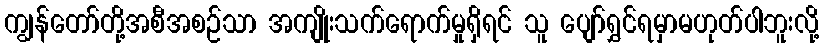
ကျွန်တော်တို့အစီအစဉ်သာ အကျိုးသက်ရောက်မှုရှိရင် သူ ပျော်ရွှင်ရမှာမဟုတ်ပါဘူးလို့